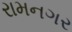
રામનગર